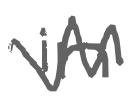
Text: in
Cross-out: zig-zag
Writing tool: digital_gray